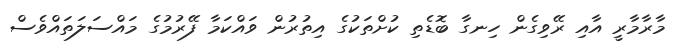
މާރާމާރީ އާއި ރޭވިގެން ހިނގާ ބޮޑެތި ކުށްތަކުގެ އިތުރުން ވައްކަމާ ފޭރުމުގެ މައްސަލަތައްވެސް